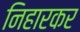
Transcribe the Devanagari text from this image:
निहारकर